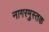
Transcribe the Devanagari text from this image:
नागरमुस्तक